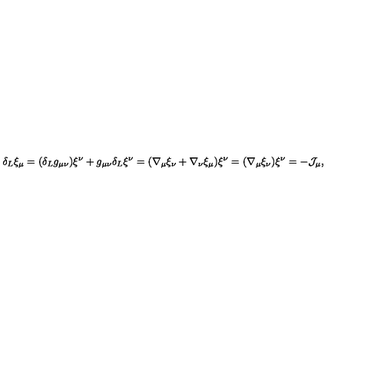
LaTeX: \delta _ { L } \xi _ { \mu } = ( \delta _ { L } g _ { \mu \nu } ) \xi ^ { \nu } + g _ { \mu \nu } \delta _ { L } \xi ^ { \nu } = ( \nabla _ { \mu } \xi _ { \nu } + \nabla _ { \nu } \xi _ { \mu } ) \xi ^ { \nu } = ( \nabla _ { \mu } \xi _ { \nu } ) \xi ^ { \nu } = - { \cal J } _ { \mu } ,